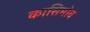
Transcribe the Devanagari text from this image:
कासिमोव